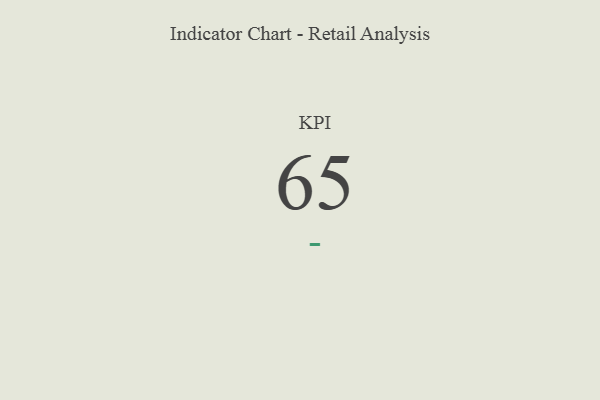
{"axis": {"x": "KPI", "y": "Value"}, "legend": [""], "data": [{"x": "KPI", "y": 65, "type": ""}]}